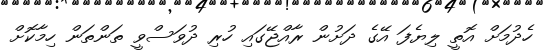
ހެދުމަށް އޮތީ ލިޔެފަ އޭގެ ދަށުން ރާއްޖޭގައި ހުރި ދުވަސްވީ ތަންތަން ހިމާކޮށް